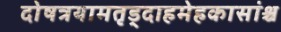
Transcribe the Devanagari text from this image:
दोषत्रयामतृड्दाहमेहकासांश्च